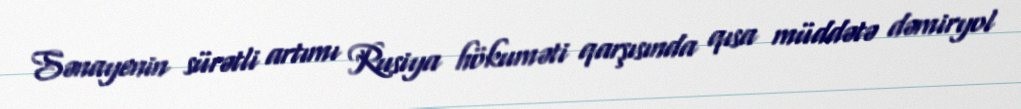
Sənayenin sürətli artımı Rusiya hökuməti qarşısında qısa müddətə dəmiryol